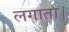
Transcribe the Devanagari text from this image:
लगाता।